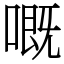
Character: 嘅